Annual administration report of the Civil Veterinary Department, Ajmere-Merwara, British Rajputana - 1914-1940
Year: 1914
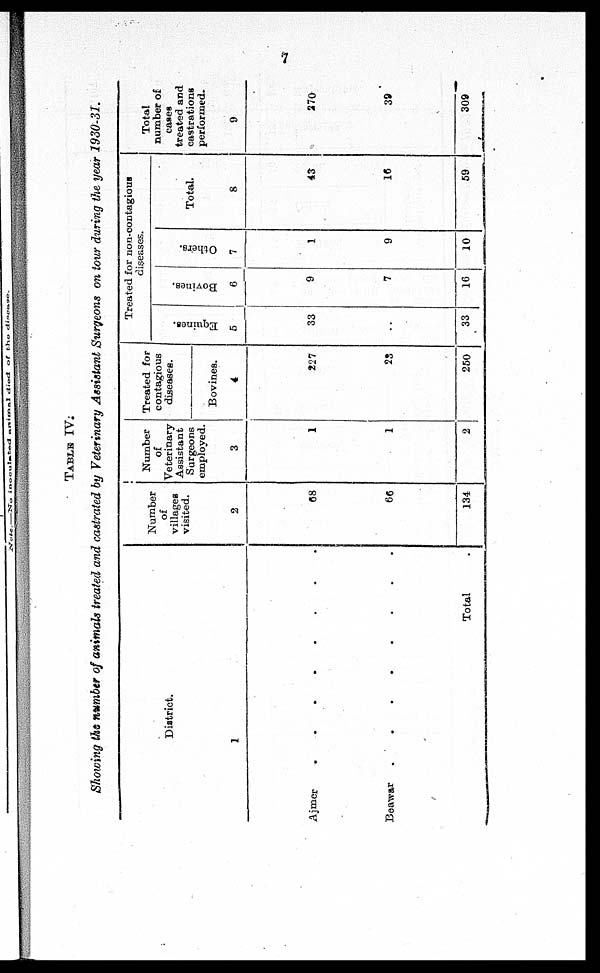
7
TABLE IV.
Showing the number of animals treated and castrated by Veterinary Assistant Surgeons on tour during the year 1930-31.
District.
1
Ajmer . . . . . . . .
Beawar . . . . . . . .
Total .
Number
of
villages
visited.
2
68
66
134
Number
of
Veterinary
Assistant
Surgeons
employed.
3
1
1
2
Treated for
contagious
diseases.
Bovines.
4
227
23
250
Treated for non-contagious
diseases.
Equines.
5
33
..
33
Bovines.
6
9
7
16
Others.
7
1
9
10
Total.
8
43
16
59
Total
number of
cases
treated and
castrations
performed.
9
270
39
309